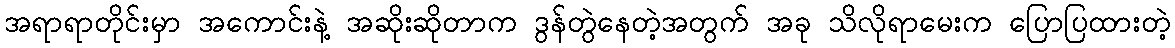
အရာရာတိုင်းမှာ အကောင်းနဲ့ အဆိုးဆိုတာက ဒွန်တွဲနေတဲ့အတွက် အခု သိလိုရာမေးက ပြောပြထားတဲ့